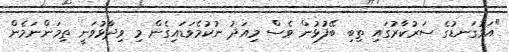
"އަޅުގަނޑުގެ ސަރުކާރުގައި ތިބި ބޭފުޅުން ވެސް މިއަދު ނުކުމެވަޑައިގެން މި ވިދާޅުވަނީ ތިމަންނަމެން